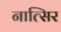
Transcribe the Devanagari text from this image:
नात्सिर